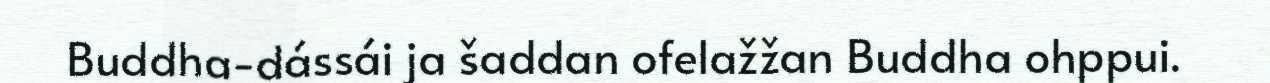
Buddha-dássái ja šaddan ofelažžan Buddha ohppui.